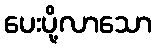
ပေးပို့လာသော